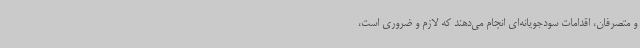
و متصرفان، اقدامات سودجویانه‌ای انجام می‌دهند که لازم و ضروری است،